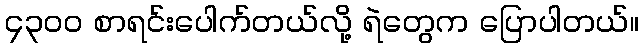
၄၃၀ဝ စာရင်းပေါက်တယ်လို့ ရဲတွေက ပြောပါတယ်။